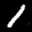
Label: 1